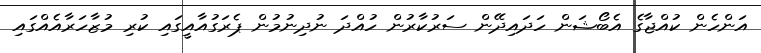
އަންހެން ކުއްޖާގެ އެބޯޝަން ހަދައިދޭން ސަރުކާރުން ހުއްދަ ނުދިނުމުން ޕެރަގުއާއީގައި ކުރި މުޒާހަރާއެއްގައި